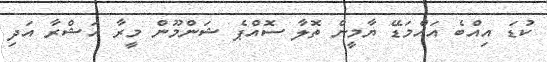
ކުޑަ އިއްބެ އައްމަޑޭ ޔާމީން ތޮލާ ސޮއްޕެ ޝަންމޫން މީރާ އަޝްރާ އަދި